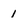
Character: 1